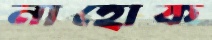
নাহোক